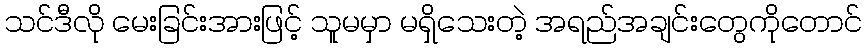
သင်ဒီလို မေးခြင်းအားဖြင့် သူမမှာ မရှိသေးတဲ့ အရည်အချင်းတွေကိုတောင်